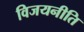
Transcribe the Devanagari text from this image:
विजयनीति